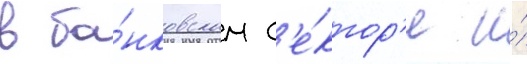
в ба́нковском с'е́ктор'е и́